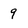
Character: 9